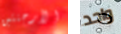
الأرجنتين واحد